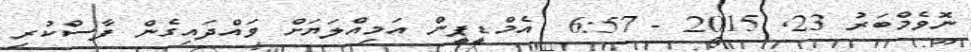
ނޮވެމްބަރު 23